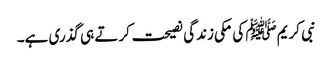
نبی کریمﷺ کی مکی زندگی نصیحت کرتے ہی گذری ہے۔